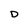
Character: D